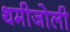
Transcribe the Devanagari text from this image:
थमीजोली